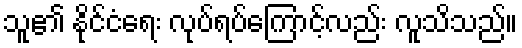
သူ၏ နိုင်ငံရေး လုပ်ရပ်ကြောင့်လည်း လူသိသည်။